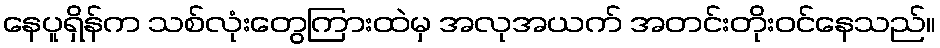
နေပူရှိန်က သစ်လုံးတွေကြားထဲမှ အလုအယက် အတင်းတိုးဝင်နေသည်။